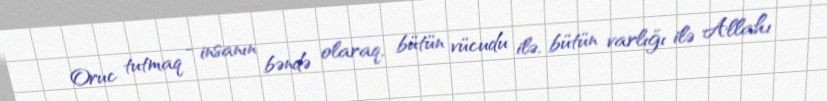
Oruc tutmaq - insanın bəndə olaraq, bütün vücudu ilə, bütün varlığı ilə Allahı